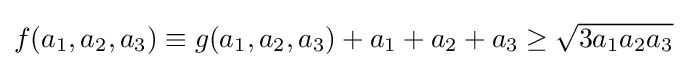
f(a_{1},a_{2},a_{3})\equiv g(a_{1},a_{2},a_{3})+a_{1}+a_{2}+a_{3}\geq {\sqrt {3a_{1}a_{2}a_{3}}}